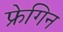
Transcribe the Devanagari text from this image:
फ्रेगिन